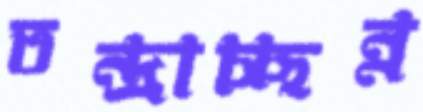
তন্দ্রাচ্ছন্ন